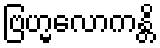
ဗြဟ္မလောကန္တိ